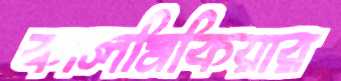
কালমিকিয়ার